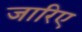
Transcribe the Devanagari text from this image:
जारिए